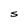
Character: S